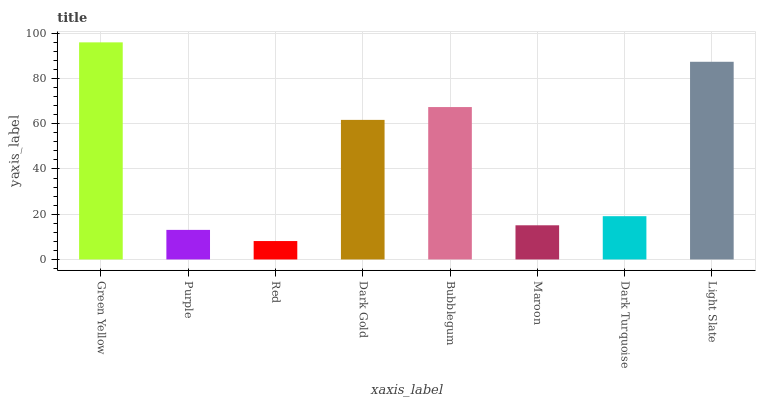
| xaxis_label | bars |
 | --- | --- |
 | Green Yellow | 96 |
 | Purple | 13.1 |
 | Red | 8.14 |
 | Dark Gold | 61.7 |
 | Bubblegum | 67.4 |
 | Maroon | 15.1 |
 | Dark Turquoise | 19.1 |
 | Light Slate | 87.4 |